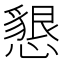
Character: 懇